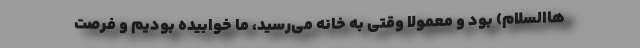
هاالسلام) بود و معمولاً وقتی به خانه می‌رسید، ما خوابیده بودیم و فرصت